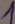
Text: 1